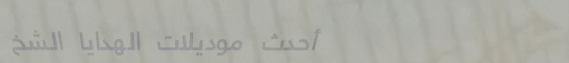
أحدث موديلات الهدايا الشخ